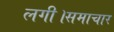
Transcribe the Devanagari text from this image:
लगी।समाचार